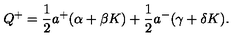
Q ^ { + } = \frac { 1 } { 2 } a ^ { + } ( \alpha + \beta K ) + \frac { 1 } { 2 } a ^ { - } ( \gamma + \delta K ) .